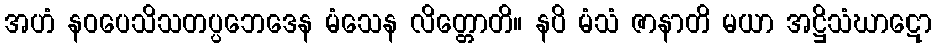
အဟံ နဝပေသိသတပ္ပဘေဒေန မံသေန လိတ္တောတိ။ နပိ မံသံ ဇာနာတိ မယာ အဋ္ဌိသံဃာဋော